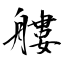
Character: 艛